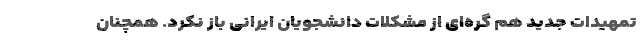
تمهیدات جدید هم گره‌ای از مشکلات دانشجویان ایرانی باز نکرد. همچنان